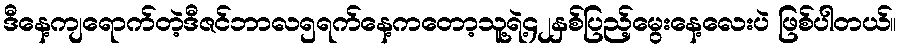
ဒီနေ့ကျရောက်တဲ့ဒီဇင်ဘာလ၅ရက်နေ့ကတော့သူ့ရဲ့၄၂နှစ်ပြည့်မွေးနေ့လေးပဲ ဖြစ်ပါတယ်။